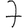
Digit: 7